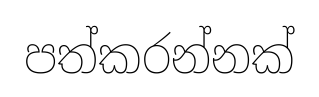
පත්කරන්නක්